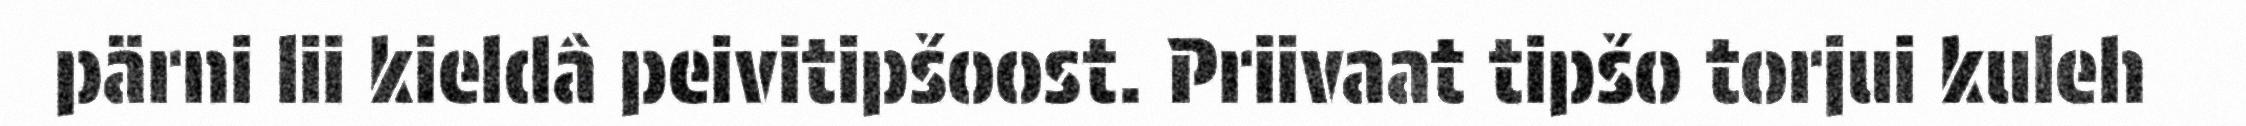
pärni lii kieldâ peivitipšoost. Priivaat tipšo torjui kuleh